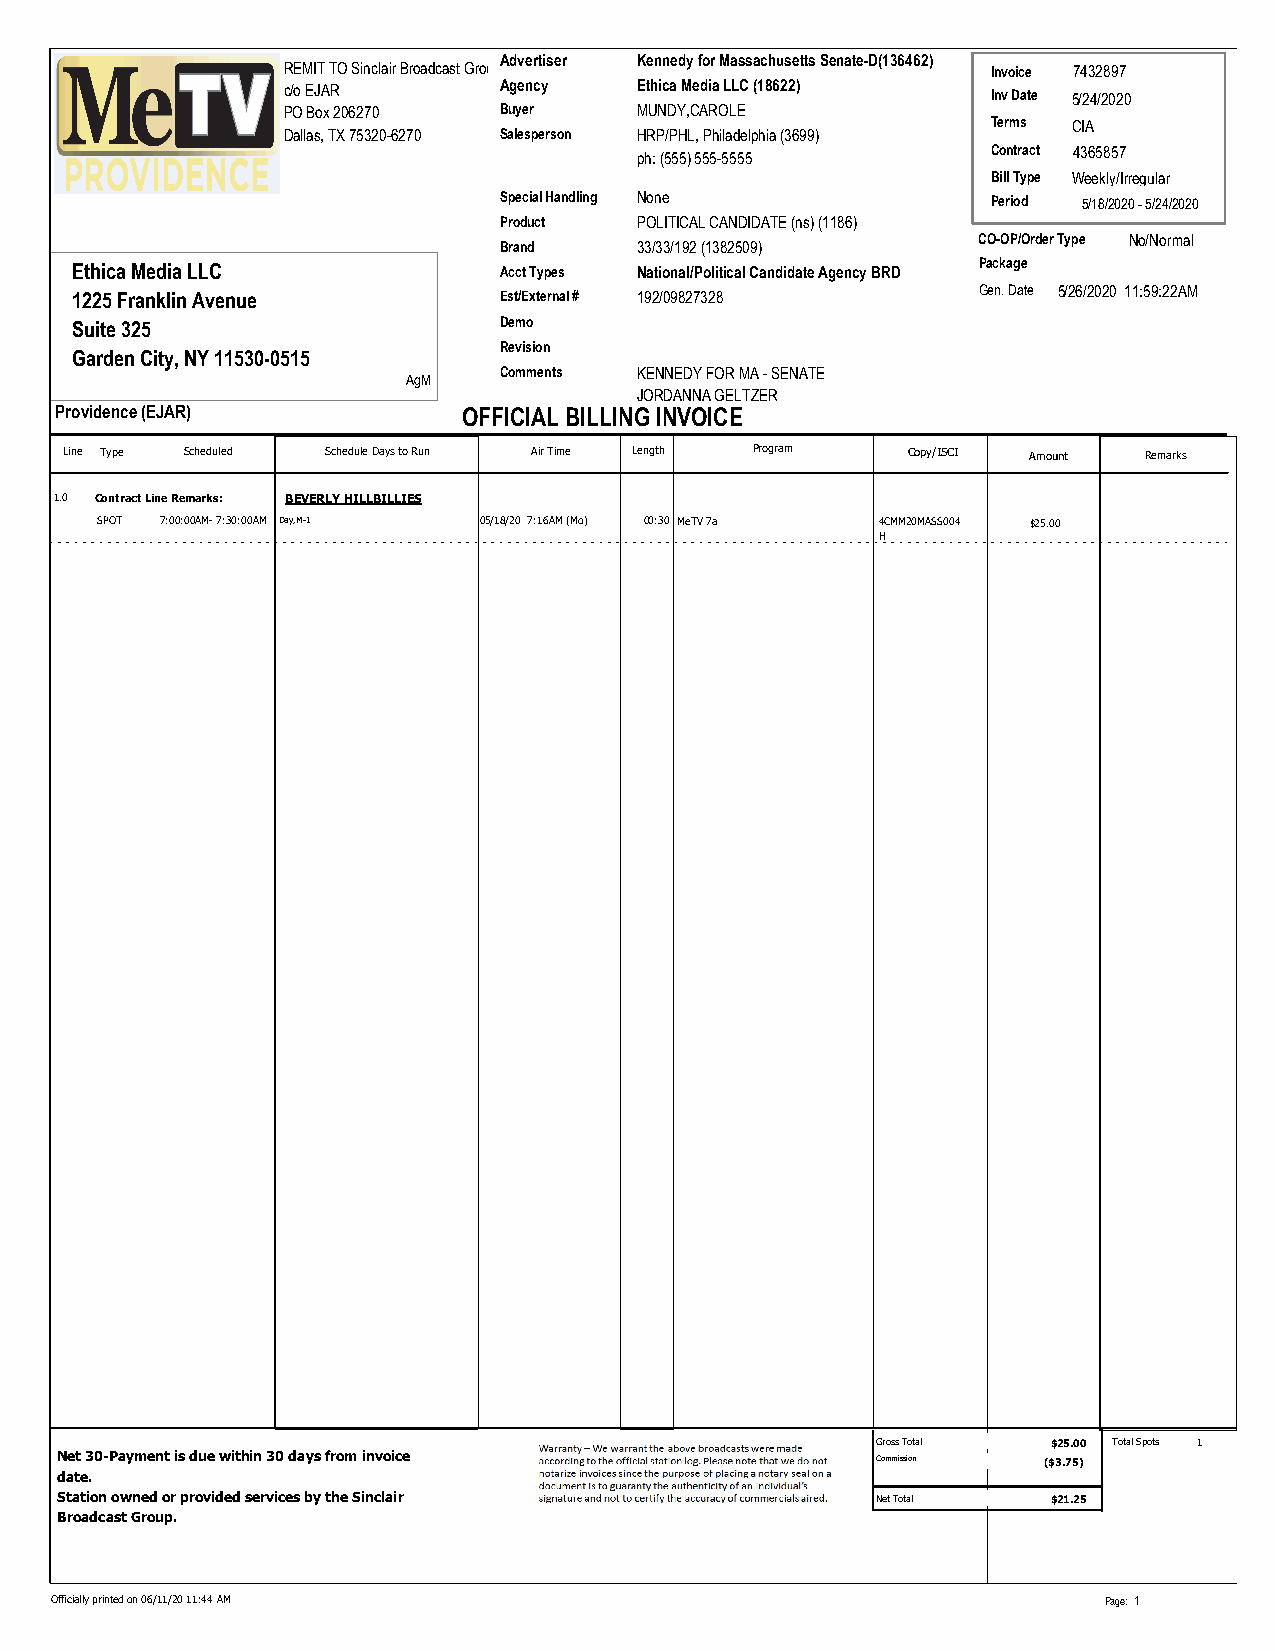
Advertiser Kennedy for Massachusetts Senate-D(136462)
 REMIT TO Sinclair Broadcast Group Inc          Invoice 7432897
 c/o EJAR      Agency   Ethica Media LLC (18622) Inv Date 5/24/2020
 PO Box 206270 Buyer    MUNDY,CAROLE
 Terms CIA
 Dallas, TX 75320-6270 Salesperson HRP/PHL, Philadelphia (3699)
 ph: (555) 555-5555      Contract 4365857
 Bill Type Weekly/Irregular
 Special Handling None            Period 5/18/2020 - 5/24/2020
 Product  POLITICAL CANDIDATE (ns) (1186)
 CO-OP/Order Type No/Normal
 Brand    33/33/192 (1382509)
 Ethica Media LLC            Acct Types National/Political Candidate Agency BRD Package
 1225 Franklin Avenue        Est/External # 192/09827328     Gen. Date 5/26/2020 11:59:22AM
 Suite 325                   Demo
 Revision
 Garden City, NY 11530-0515
 Comments KENNEDY FOR MA - SENATE
 AgM
 JORDANNA GELTZER
 Providence (EJAR)          OFFICIAL BILLING INVOICE
 Line Type Scheduled Schedule Days to Run Air Time Length Program Copy/ISCI Amount Remarks
 1.0 Contract Line Remarks: BEVERLY HILLBILLIES
 SPOT 7:00:00AM- 7:30:00AM Day,M-1 05/18/20 7:16AM (Mo) 00:30 MeTV 7a 4CMM20MASS004 $25.00
 H
 Gross Total $25.00 Total Spots 1
 Net 30-Payment is due within 30 days from invoice     Commission ($$33.7.755)
 date.
 Station owned or provided services by the Sinclair    Net Total   $21.25
 Broadcast Group.
 Officially printed on 06/11/20 11:44 AM                               Page: 1